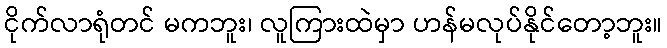
ငိုက်လာရုံတင် မကဘူး၊ လူကြားထဲမှာ ဟန်မလုပ်နိုင်တော့ဘူး။